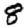
Digit: 8